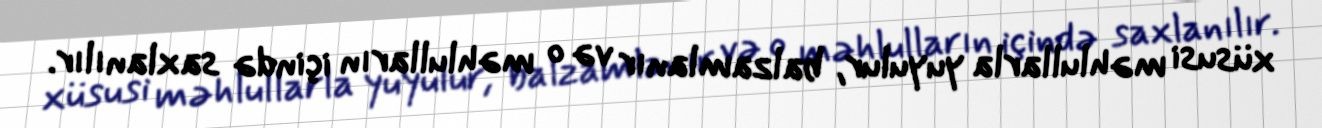
xüsusi məhlullarla yuyulur, balzamlanır və o məhlulların içində saxlanılır.